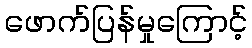
ဖောက်ပြန်မှုကြောင့်